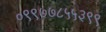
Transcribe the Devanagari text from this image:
०९९७७८५५३९९